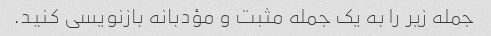
جمله زیر را به یک جمله مثبت و مؤدبانه بازنویسی کنید.